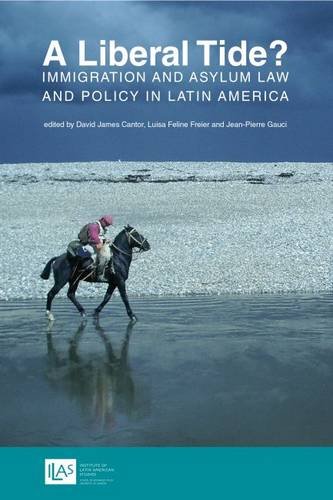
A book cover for A Liberal Tide?: Immigration and Asylum Law and Policy in Latin America; Law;